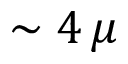
\sim 4 \, \mu